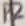
Text: P2